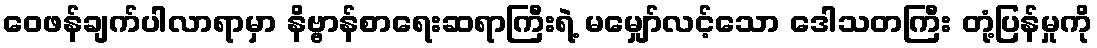
ဝေဖန်ချက်ပါလာရာမှာ နိဗ္ဗာန်စာရေးဆရာကြီးရဲ့ မမျှော်လင့်သော ဒေါသတကြီး တုံ့ပြန်မှုကို